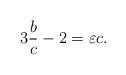
LaTeX: \begin{align*} 3\frac{b}{c}-2=\varepsilon c. \end{align*}